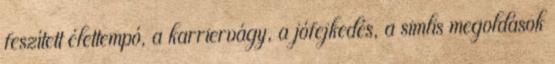
feszített élettempó, a karriervágy, a jófejkedés, a simlis megoldások